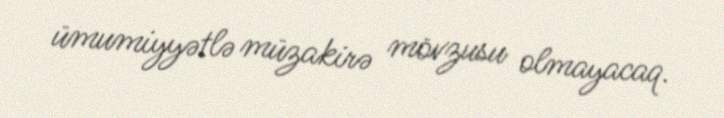
ümumiyyətlə müzakirə mövzusu olmayacaq.